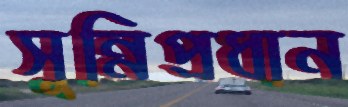
সুন্নিপ্রধান